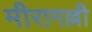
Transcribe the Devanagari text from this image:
मीरागल्ली